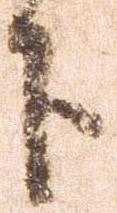
下